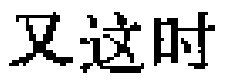
又这时